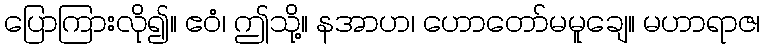
ပြောကြားလို၍။ ဧဝံ၊ ဤသို့။ နအာဟ၊ ဟောတော်မမူချေ။ မဟာရာဇ၊